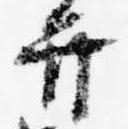
弁